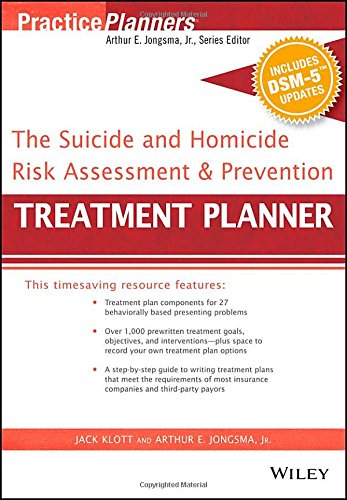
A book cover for The Suicide and Homicide Risk Assessment and Prevention Treatment Planner, with DSM-5 Updates (PracticePlanners); Arthur E. Jongsma Jr.; Self-Help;